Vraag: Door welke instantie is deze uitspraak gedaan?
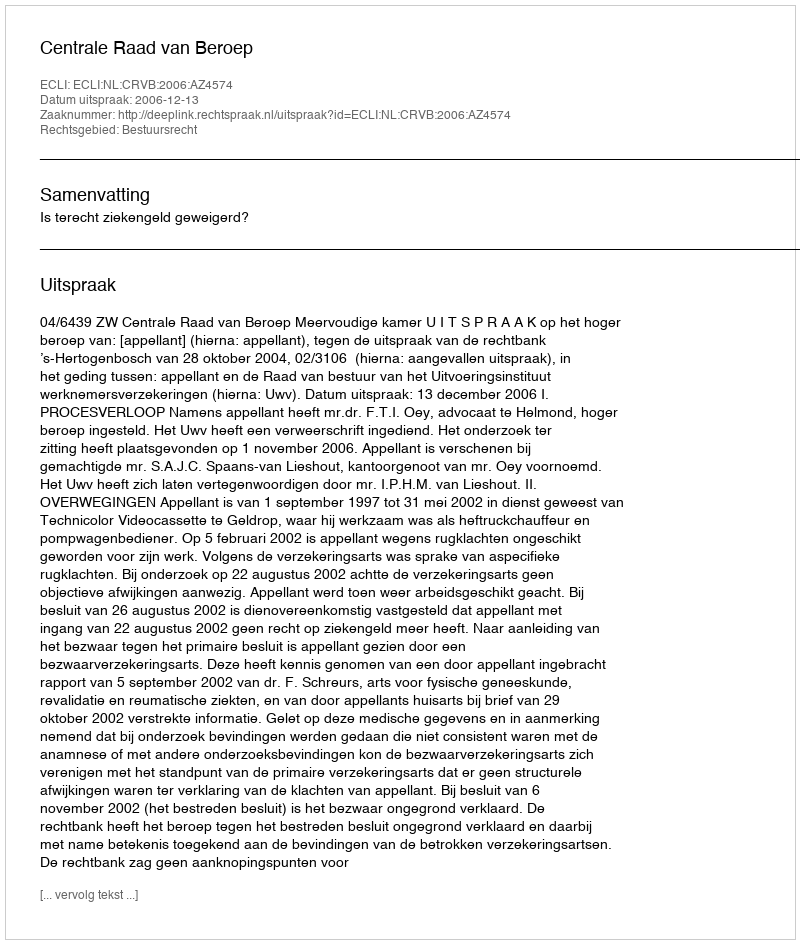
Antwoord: Centrale Raad van Beroep